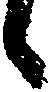
候